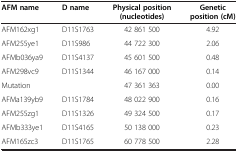
<table><thead><tr><td><b>AFM name</b></td><td><b>D name</b></td><td><b>Physical position (nucleotides)</b></td><td><b>Genetic position (cM)</b></td></tr></thead><tbody><tr><td>AFM162xg1</td><td>D11S1763</td><td>42 861 500</td><td>4.92</td></tr><tr><td>AFM255ye1</td><td>D11S986</td><td>44 722 300</td><td>2.06</td></tr><tr><td>AFMb036ya9</td><td>D11S4137</td><td>45 601 500</td><td>0.48</td></tr><tr><td>AFM298vc9</td><td>D11S1344</td><td>46 167 000</td><td>0.14</td></tr><tr><td>Mutation</td><td> </td><td>47 361 363</td><td>0.00</td></tr><tr><td>AFMa139yb9</td><td>D11S1784</td><td>48 022 900</td><td>0.16</td></tr><tr><td>AFM255zg1</td><td>D11S1326</td><td>49 324 500</td><td>0.17</td></tr><tr><td>AFMb333ye1</td><td>D11S4165</td><td>50 138 000</td><td>0.23</td></tr><tr><td>AFM165zc3</td><td>D11S1765</td><td>60 778 500</td><td>2.28</td></tr></tbody></table>